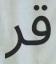
قر